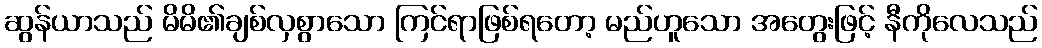
ဆွန်ယာသည် မိမိ၏ချစ်လှစွာသော ကြင်ရာဖြစ်ရတော့ မည်ဟူသော အတွေးဖြင့် နီကိုလေသည်